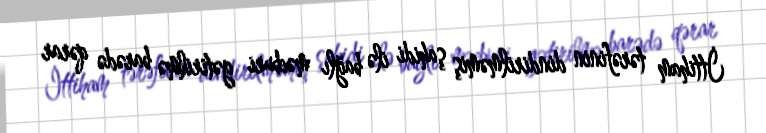
İttiham tərəfinin dindirilməmiş şahidi ilə bağlı məcburi gətirilmə barədə qərar